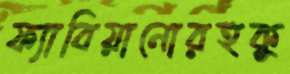
ফ্যাবিয়ানোরহুকু